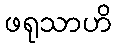
ဖရုသာဟိ